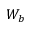
W _ { b }